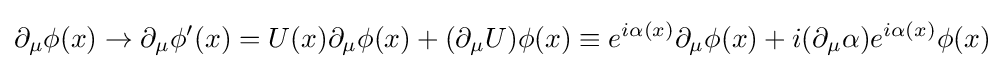
\partial _{\mu }\phi (x)\rightarrow \partial _{\mu }\phi '(x)=U(x)\partial _{\mu }\phi (x)+(\partial _{\mu }U)\phi (x)\equiv e^{i\alpha (x)}\partial _{\mu }\phi (x)+i(\partial _{\mu }\alpha )e^{i\alpha (x)}\phi (x)